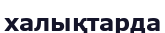
халықтарда